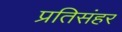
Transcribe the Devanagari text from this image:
प्रतिसंहर